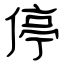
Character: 停